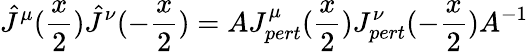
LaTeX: {\hat{J}}^{\mu}(\frac{x}{2}){\hat{J}}^{\nu}(-\frac{x}{2})=AJ_{pert}^{\mu}(\frac{x}{2})J_{pert}^{\nu}(-\frac{x}{2})A^{-1}